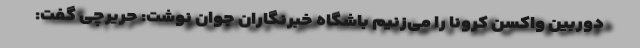
دوربین واکسن کرونا را می‌زنیم باشگاه خبرنگاران جوان نوشت: حریرچی گفت: